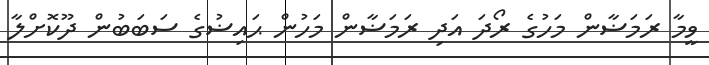
ވީމާ ރަމަޟާން މަހުގެ ރޯދަ އަދި ރަމަޟާން މަހުން ޙައިޟުގެ ސަބަބުން ދޫކޮށްލާ